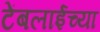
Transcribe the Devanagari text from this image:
टेंबलाईच्या